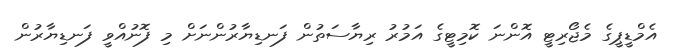
އެމްޑީޕީގެ މެޖޯރިޓީ އޮންނަ ކޮމިޓީގެ އަމުރު ރިޔާސަތުން ފަނޑިޔާރުންނަށް މި ފޮނުއްވީ ފަނޑިޔާރުން